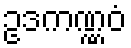
ဥဒကဏ္ဏဝံ